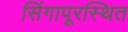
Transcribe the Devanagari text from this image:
सिंगापूरस्थित